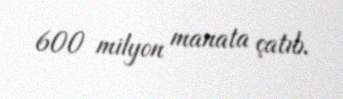
600 milyon manata çatıb.